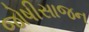
જોષીસાજન